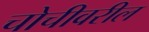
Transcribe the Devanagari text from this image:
चोचीवरील